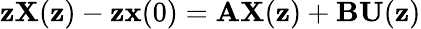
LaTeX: \mathbf{z}\mathbf{{X}}(\mathbf{z})-\mathbf{z}\mathbf{{x}}(0)=\mathbf{{A}}\mathbf{{X}}(\mathbf{z})+\mathbf{{B}}\mathbf{{U}}(\mathbf{z})